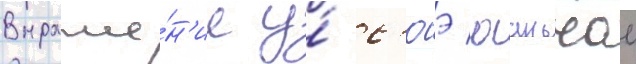
Выраже́н'ие у́ с'юэ юаньчао